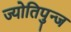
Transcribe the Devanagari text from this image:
ज्योतिपुन्ज